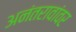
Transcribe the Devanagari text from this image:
अनंतरावांवर